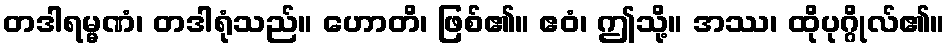
တဒါရမ္မဏံ၊ တဒါရုံသည်။ ဟောတိ၊ ဖြစ်၏။ ဧဝံ၊ ဤသို့။ အဿ၊ ထိုပုဂ္ဂိုလ်၏။